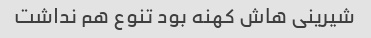
شیرینی هاش کهنه بود تنوع هم نداشت